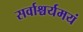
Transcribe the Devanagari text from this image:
सर्वाश्चर्यमयं